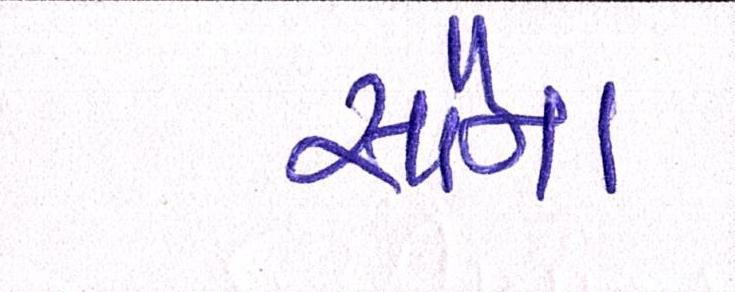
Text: સૌના